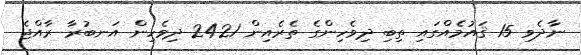
ނާދެވި 15 ޤައުމެއްގައި ތިބި ދިވެހިންގެ ތެރެއިން 2421 ދިވެހިން އަނބުރާ ރާއްޖެ